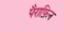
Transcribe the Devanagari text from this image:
पैराफ़िन